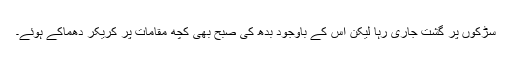
سڑکوں پر گشت جاری رہا لیکن اس کے باوجود بُدھ کی صبح بھی کچھ مقامات پر کریکر دھماکے ہوئے۔